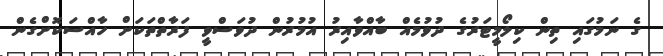
ގެ ނަމުގައި ތިން ކިލޯމީޓަރުގެ ދުވުމެއް ބާއްވާއިރު އުމުރުން ދުވަސްވީ ފަރާތްތަކަށް ހާއްސަކޮށްގެން